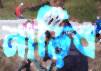
নাড়িব